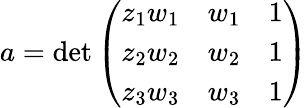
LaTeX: a=\operatorname*{det}{\left(\begin{array}{lll}{z_{1}w_{1}}&{w_{1}}&{1}\\ {z_{2}w_{2}}&{w_{2}}&{1}\\ {z_{3}w_{3}}&{w_{3}}&{1}\end{array}\right)}